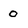
Character: 0